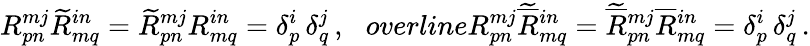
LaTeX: R_{pn}^{mj}\widetilde{R}_{mq}^{in}=\widetilde{R}_{pn}^{mj}R_{mq}^{in}=\delta_{p}^{i}\, \delta_{q}^{j}\, ,\ \ \, overline{R}{}_{pn}^{mj}\widetilde{\overline{{{R}}}}{}_{mq}^{in}=\widetilde{\overline{{{R}}}}{}_{pn}^{mj}\overline{{{R}}}{}_{mq}^{in}=\delta_{p}^{i}\, \delta_{q}^{j}\, .